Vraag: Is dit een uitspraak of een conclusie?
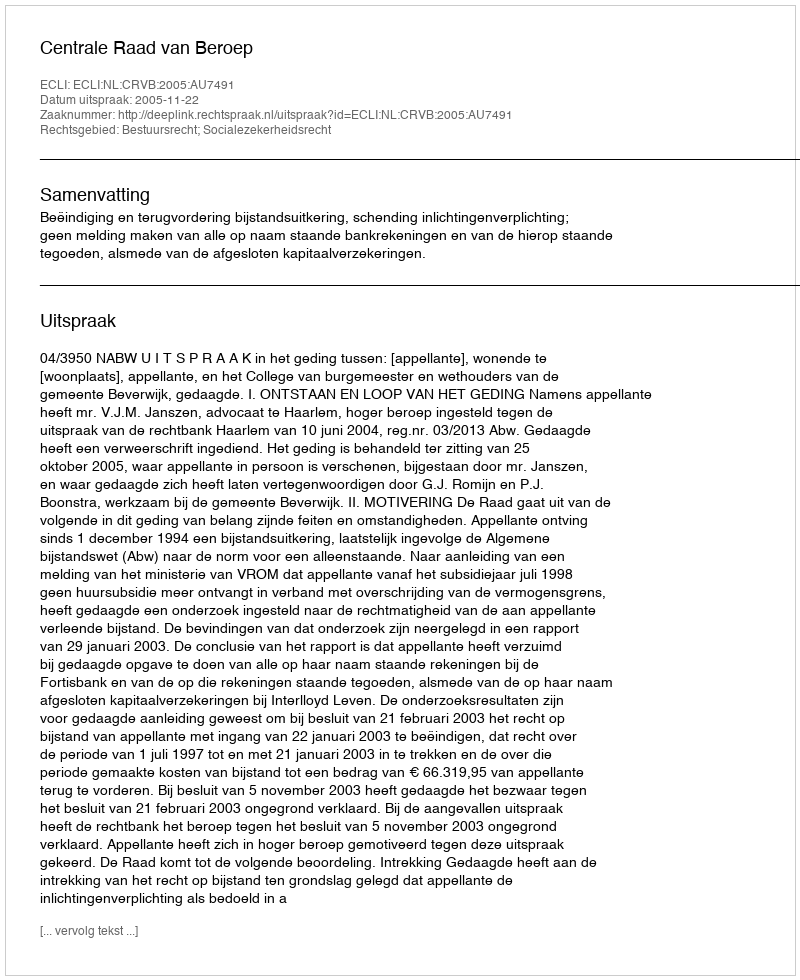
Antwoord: Uitspraak